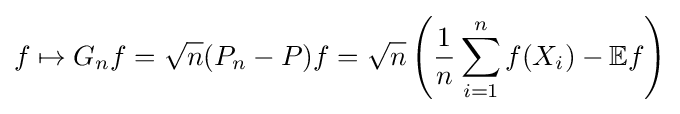
f\mapsto G_{n}f={\sqrt {n}}(P_{n}-P)f={\sqrt {n}}\left({\frac {1}{n}}\sum _{i=1}^{n}f(X_{i})-\mathbb {E} f\right)